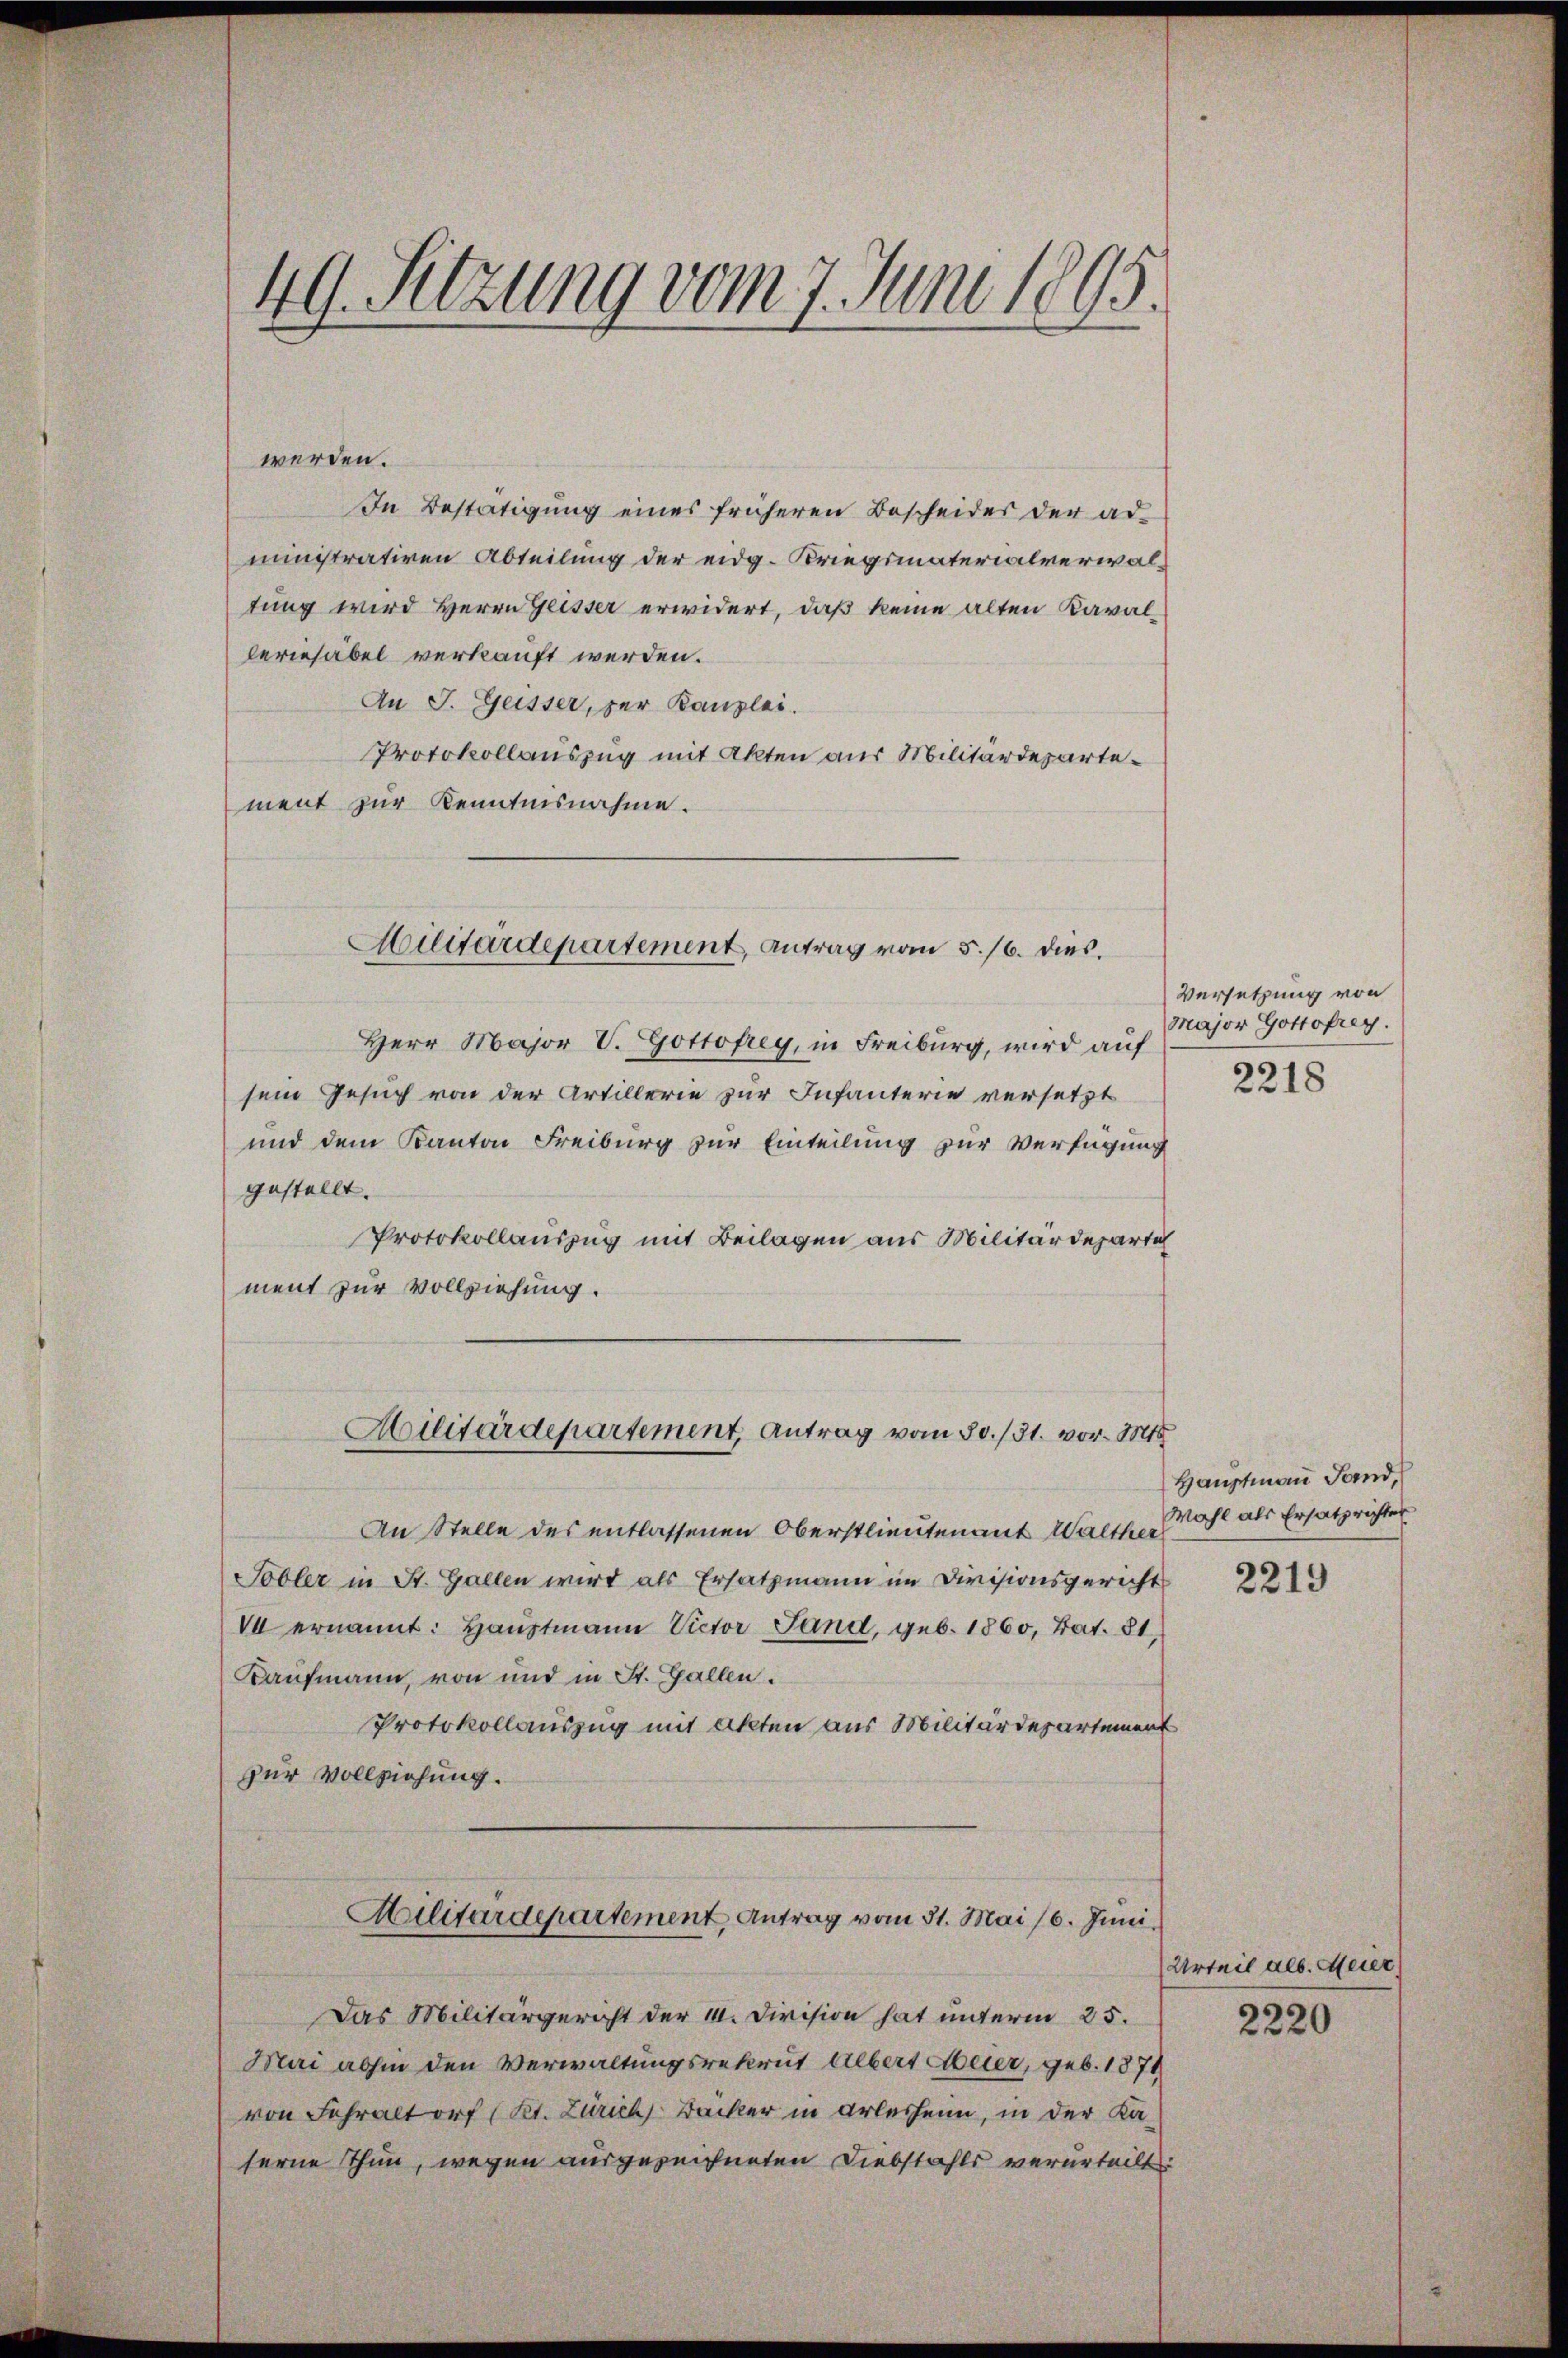
49. Sitzung vom 7. Juni 1895

werden.
In Bestätigung eines früheren Bescheider der administrativen Abteilung der eidg. Kriegsmaterialverwaltung wird Herrn Geisser erwidert, daß keine alten Kavalleriesäbel verkauft werden.
An J. Geisser, der Kanzlei.
Protokollauszug mit Akten aus Militärdepartement zur Kenntnisnahme.
Herr Major V. Gottofrey, in Freiburg, wird auf
sein Gesuch von der Artillerie zur Infanterie versetzt
und dem Kanton Freiburg zur Einteilung zur Verfügung
gestellt.
Protokollauszug mit Beilagen aus Militärdepartich
ment zur Vollziehung.
Militärdepartement, Antrag vom 30./31. vor. Mts.
An Stelle des entlassenen Oberstlieutenant Walther
Tobler in St. Gallen wird als Ersatzmann im Divisionsgericht
V ernannt: Haŭptmann Victor Land, geb. 1860, Bat. 81,
Kaufmann, von und in St. Gallen.
Protokollauszug mit Akten aus Militärdepartement
zur Vollziehung.
Militärdepartement Antrag vom 31. Mai 16. Juni.
Das Militärgericht der 1. Division hat unterm 25.
Mai abhin den Verwaltungsrekrut Albert Meier, geb. 1871
von Fehraltorf (Kt. Zürich, Bäcker in Arlesheim, in der Kaserne Thun, wegen ausgezeichneten Diebstahls verurteilt

Militärdepartement, antrag vom 5./6. dies.

Versetzung von
Major Gottofrey.

2218

Hauptmann Sand,
Wahl als Ersatz richter

2219

Urteil als. Meier

2220